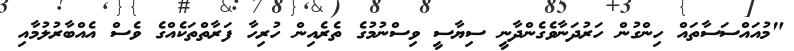
"މުއައްސަސާތައް ހިންގުން ހަރުދަނާވެގެންދާނީ ސިޔާސީ ވިސްނުމުގެ ތެރެއިން ހުރިހާ ފަރާތްތަކެއްގެ ވެސް އެއްބާރުލުމާއި